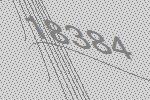
18384